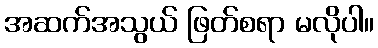
အဆက်အသွယ် ဖြတ်စရာ မလိုပါ။